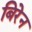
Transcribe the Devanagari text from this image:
बिरेन